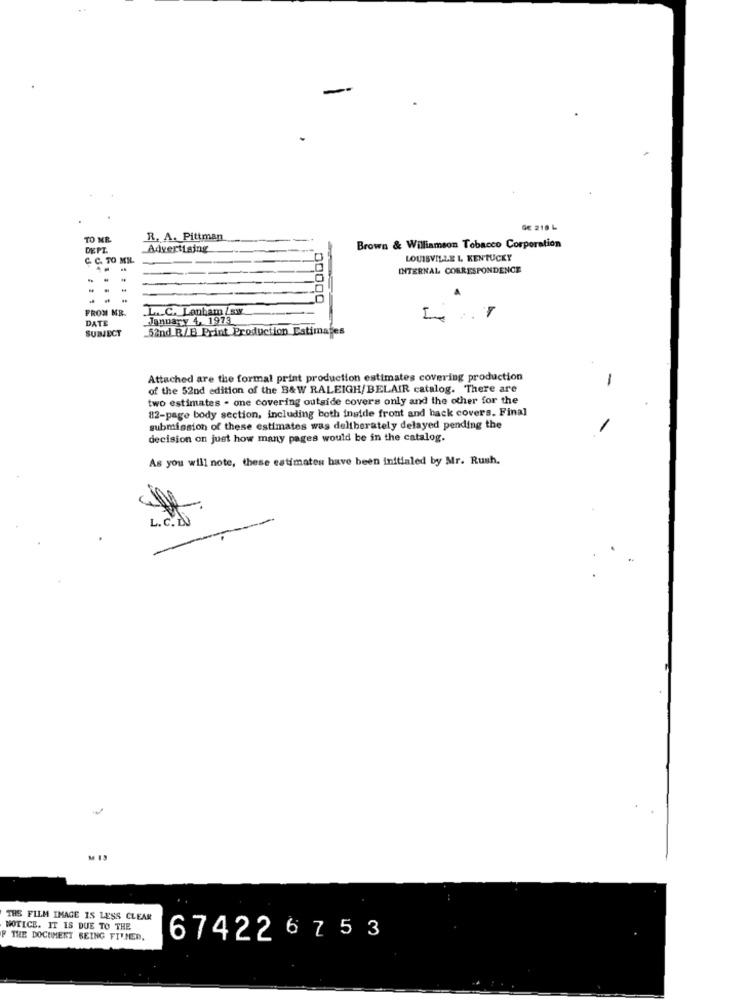
GE 218 6
TO ME
R. A. Pittman
DEPT.
Advertising
Brown & Williamson Tobacco Corporation
C. C. TO MR.
LOUISVILLE I, KENTUCKY
INTERNAL CORRESPONDENCE
FROM MR.
.L .. C. Lanham /sw
000
DATE
January 4, 1973
52nd R/B Print Production Estimates
SUBJECT
Attached are the formal print production estimates covering production
-
of the 52nd edition of the B&W RALEIGH/ BELAIR catalog. There are
two estimates - one covering outside covers only and the other for the
82-page body section, including both inside front and back covers. Final
submission of these estimates was deliberately delayed pending the
-
decision on just how many pages would be in the catalog.
As you will note, these estimates have been initialed by Mr. Rush.
THE FILM IMAGE IS LESS CLEAR
NOTICE. IT IS DUE TO THE
F THE DOCUMENT BEING FITMED.
674226 7 53